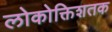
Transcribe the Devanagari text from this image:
लोकोक्तिशतक